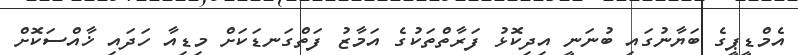
އެމްޑީޕީގެ ބަޔާނުގައި ބުނަނީ އިދިކޮޅު ފަރާތްތަކުގެ އަމާޒު ފަތްގަނޑަކަށް މިޑިއާ ހަދައި ޚާއްސަކޮށް